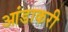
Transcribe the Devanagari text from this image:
आंडाकरी